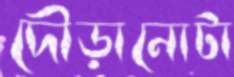
দৌড়ানোটা